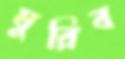
ঘুরিব